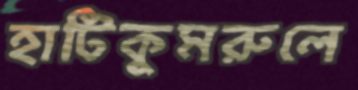
হাটিকুমরুলে